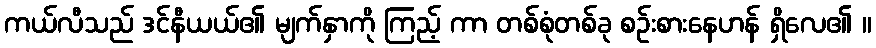
ကယ်လီသည် ဒင်နီယယ်၏ မျက်နှာကို ကြည့် ကာ တစ်စုံတစ်ခု စဉ်းစားနေဟန် ရှိလေ၏ ။